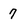
Character: 7